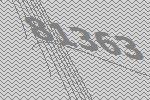
81363